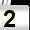
Digit: 2